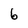
Character: 6